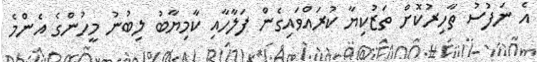
އެ ނަފުސު ތާހިރުކޮށް ތަޒުކިޔާ ކުރައްވައިގެން ފަލާހާއި ކާމިޔާބު ލިބުނު މީހުންގެ އެންމެ